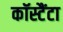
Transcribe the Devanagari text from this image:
कॉस्टैंटा